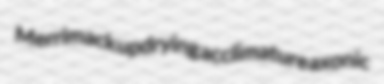
Merrimack updrying acclimature axonic